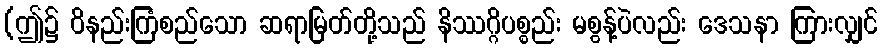
(ဤ၌ ဝိနည်းကြံစည်သော ဆရာမြတ်တို့သည် နိဿဂ္ဂိပစ္စည်း မစွန့်ပဲလည်း ဒေသနာ ကြားလျှင်